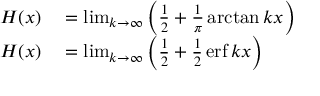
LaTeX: \begin{array} { r l } { H ( x ) } & { { } = \operatorname* { l i m } _ { k \rightarrow \infty } \left( { \frac { 1 } { 2 } } + { \frac { 1 } { \pi } } \arctan k x \right) } \\ { H ( x ) } & { { } = \operatorname* { l i m } _ { k \rightarrow \infty } \left( { \frac { 1 } { 2 } } + { \frac { 1 } { 2 } } \operatorname { e r f } k x \right) } \end{array}